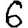
Digit: 6